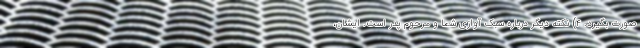
صورت بگیرد. ۴) نکته دیگر درباره سبک آوازی شما و مرحوم پدر است. ایشان،